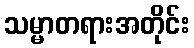
သမ္မာတရားအတိုင်း